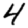
Digit: 4